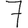
Digit: 7